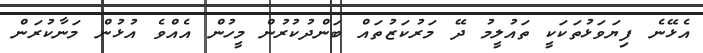
އެޅޭނެ ފިޔަވަޅުތަކަކީ ތައުލީމު ދޭ މަރުކަޒުތައް ބަންދުކުރުން މީހުން އެއްވެ އުޅުން މަނާކުރަން